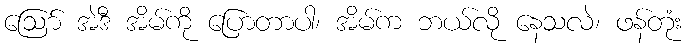
ဩော် အဲဒီ အိမ်ကို ပြောတာပါ၊ အိမ်က ဘယ်လို နေသလဲ၊ ဖန်တုံး